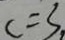
c = 3 ,